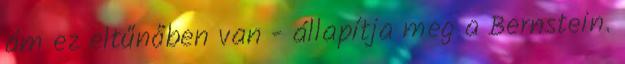
ám ez eltűnőben van - állapítja meg a Bernstein.